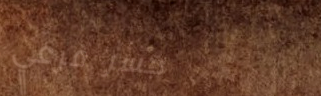
جسر فرعي